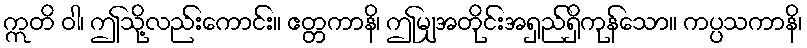
ဣတိ ဝါ၊ ဤသို့လည်းကောင်း။ ဧတ္တကာနိ၊ ဤမျှအတိုင်းအရှည်ရှိကုန်သော။ ကပ္ပသကာနိ၊